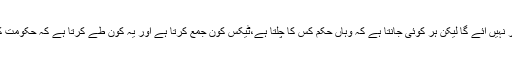
اگرچہ آپ کو طالبان کا کوئی جھنڈا نظر نہیں آئے گا لیکن ہر کوئی جانتا ہے کہ وہاں حکم کس کا چلتا ہے،ٹیکس کون جمع کرتا ہے اور یہ کون طے کرتا ہے کہ حکومت کی کتنی عملداری یہاں برقراررہے گی۔